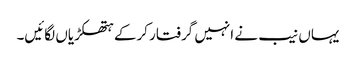
یہاں نیب نے انہیں گرفتار کرکے ہتھکڑیاں لگائیں۔